Medical and sanitary report on the native army of Bombay for the year
Year: 1878
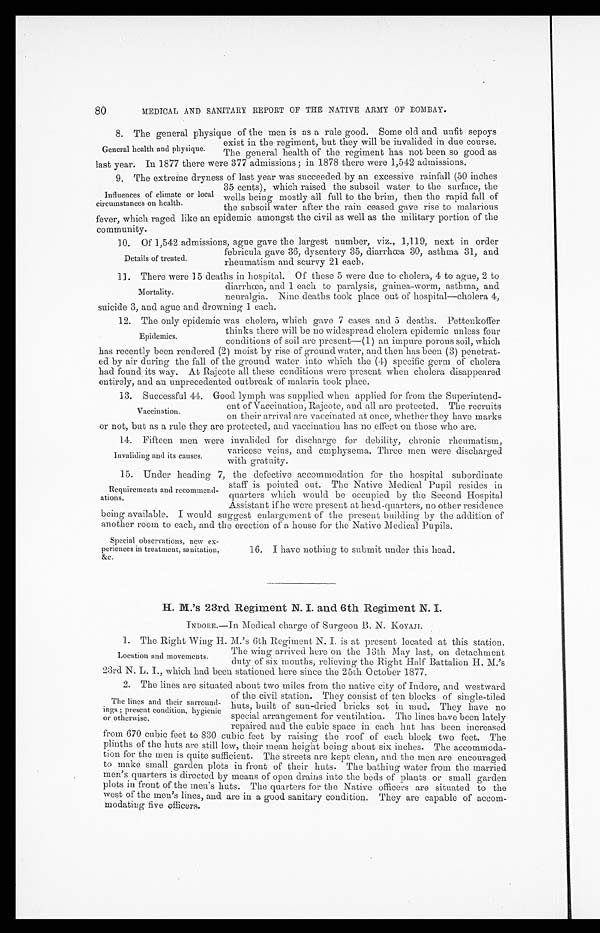
80
MEDICAL AND SANITARY REPORT OF THE NATIVE ARMY OF BOMBAY.
8. The general physique of the men is as a rule good. Some old and unfit sepoys
exist in the regiment, but they will be invalided in due course.
The general health of the regiment has not been so good as
last year. In 1877 there were 377 admissions; in 1878 there were 1,542 admissions.
9. The extreme dryness of last year was succeeded by an excessive rainfall (50 inches
35 cents), which raised the subsoil water to the surface, the
wells being mostly all full to the brim, then the rapid fall of
the subsoil water after the rain ceased gave rise to malarious
fever, which raged like an epidemic amongst the civil as well as the military portion of the
community.
10. Of 1,542 admissions, ague gave the largest number, viz., 1,119, next in order
febricula gave 36, dysentery 35, diarrhœa 30, asthma 31, and
rheumatism and scurvy 21 each.
11. There were 15 deaths in hospital. Of these 5 were due to cholera, 4 to ague, 2 to
diarrhœa, and 1 each to paralysis, guinea-worm, asthma, and
neuralgia. Nine deaths took place out of hospital—cholera 4,
suicide 3, and ague and drowning 1 each.
12. The only epidemic was cholera, which gave 7 cases and 5 deaths. Pettenkoffer
thinks there will be no widespread cholera epidemic unless four
conditions of soil are present—(1) an impure porous soil, which
has recently been rendered (2) moist by rise of ground water, and then has been (3) penetrat
-ed by air during the fall of the ground water into which the (4) specific germ of' cholera
had found its way. At Rajcote all these conditions were present when cholera disappeared
entirely, and an unprecedented outbreak of malaria took place.
13. Successful 44. Good lymph was supplied when applied for from the Superintend
-ent of Vaccination, Rajcote, and all are protected. The recruits
on their arrival are vaccinated at once, whether they have marks
or not, but as a rule they are protected, and vaccination has no effect on those who are.
14. Fifteen men were invalided for discharge for debility, chronic rheumatism,
varicose veins, and emphysema. Three men were discharged
with gratuity.
15. Under heading 7, the defective accommodation for the hospital subordinate
staff is pointed out. The Native Medical Pupil resides in
quarters which would be occupied by the Second Hospital
Assistant if he were present at head-quarters, no other residence
being available. I would suggest enlargement of the present building by the addition of
another room to each, and the erection of a house for the Native Medical Pupils.
General health and physique.
Influences of climate or local
circumstances on health.
Details of treated.
M o r t a l i t y .
Epidemics.
Vaccination.
Invaliding and its causes.
Requirements and recommend-
-ations.
Special observations, new ex
- p e r i e n c e s i n t r e a t m e n t , s a n i t a t i o n ,
&c.
16. I have nothing to submit under this head.
H. M.'s 23rd Regiment N. I. and 6th Regiment N. I.
INDORE.—In Medical charge of Surgeon B. N. KOYAJI.
1. The Right Wing H. M.'s 6th Regiment N. I. is at present located at this station.
The wing arrived here on the 13th May last, on detachment
duty of six months, relieving the Right Half Battalion H. M.'s
23rd N. L. I., which had been stationed here since the 25th October 1877.
2. The lines are situated about two miles from the native city of Indore, and westward
of the civil station. They consist of ten blocks of single-tiled
huts, built of sun-dried bricks set in mud. They have no
special arrangement for ventilation. The lines have been lately
repaired and the cubic space in each hut has been increased
from 670 cubic feet to 830 cubic feet by raising the roof of each block two feet. The
plinths of the huts are still low, their mean height being about six inches. The accommoda-
- t i o n f o r t h e m e n i s q u i t e s u f f i c i e n t . T h e s t r e e t s a r e k e p t c l e a n , a n d t h e m e n a r e e n c o u r a g e d
to make small garden plots in front of their huts. The bathing water from the married
men's quarters is directed by means of open drains into the beds of plants or small garden
plots in front of the men's huts. The quarters for the Native officers aro situated to the
west of the men's lines, and are in a good sanitary condition. They are capable of accom-
- m o d a t i n g f i v e o f f i c e r s .
Location and movements.
The lines and their surround-
-ings; present condition, hygienic
or otherwise.